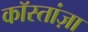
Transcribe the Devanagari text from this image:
कॉस्तांज़ा